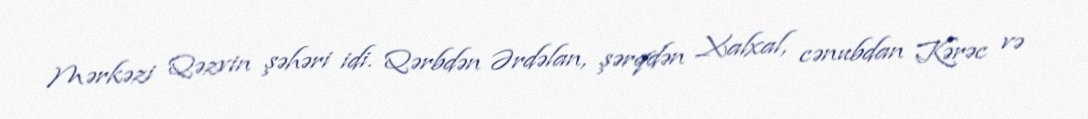
Mərkəzi Qəzvin şəhəri idi. Qərbdən Ərdəlan, şərqdən Xalxal, cənubdan Kərəc və